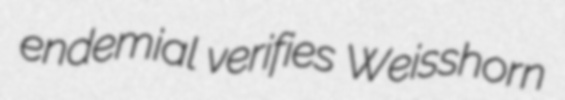
endemial verifies Weisshorn